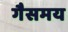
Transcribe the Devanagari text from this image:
गैसमय